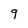
Character: 9